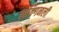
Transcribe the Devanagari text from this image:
मक्गिनली